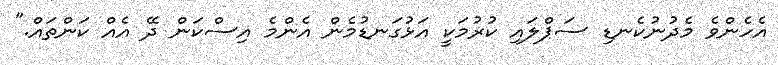
އެހެންވެ މެދުނުކެނޑި ސަޕްލައި ކުރުމަކީ އަޅުގަނޑުމެން އެންމެ އިސްކަން ދޭ އެއް ކަންތައް."